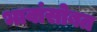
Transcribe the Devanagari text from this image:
भावांसोबत